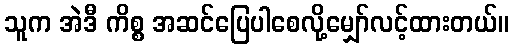
သူက အဲဒီ ကိစ္စ အဆင်ပြေပါစေလို့မျှော်လင့်ထားတယ်။